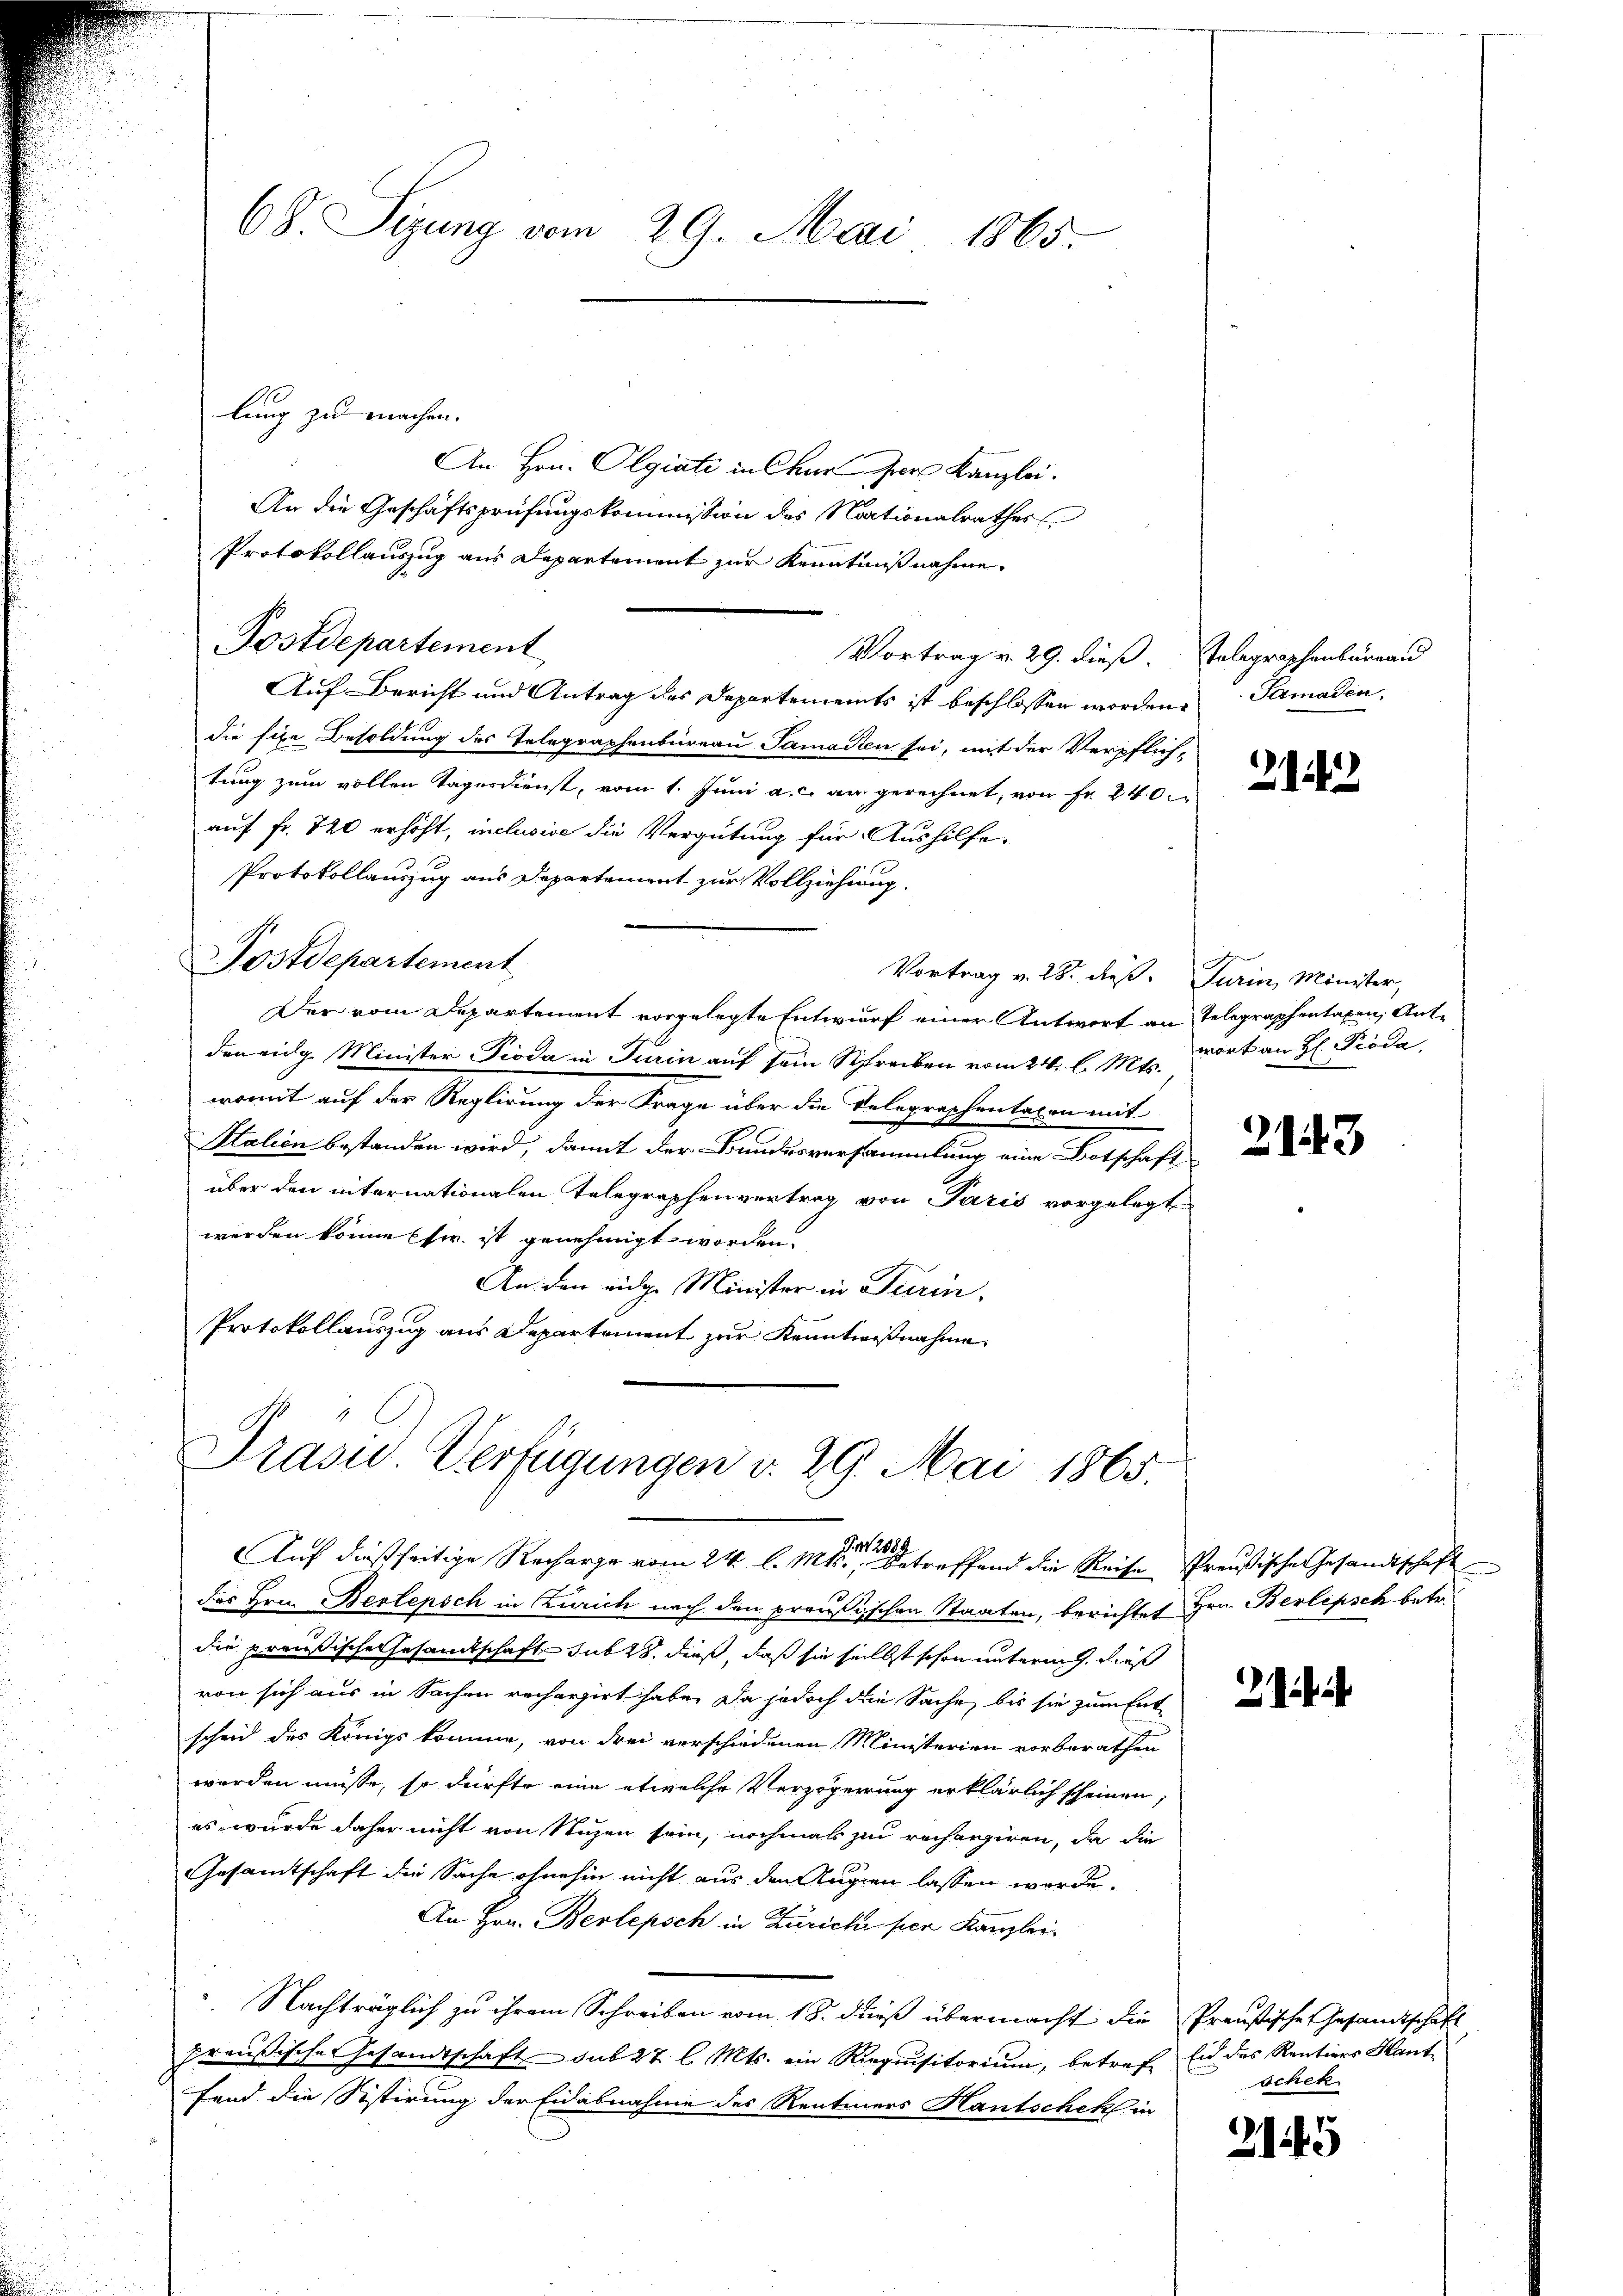
lung zu machen.
An Hrn. Olgiati in Churer Kanzlei.
An die Geschäftsprüfungskommission des Nationalrathes
Protokollauszug aus Departement zur Kenntniß nahme.
Postdepartement
Vortrag v. 29. dieß. Telegraphenburrand
Auf Bericht und Antrag des Departements ist beschlossen worden. Samaden,
die fixe Besoldung des Telegraphenbureau Samasten sei, mit der Verpflich-
tung zum vollen Tagesdienst, vom 1. Juni a. c. am gerechnet, von Fr. 240.
auf Fr. 720 erhöht, inclusive die Vergütung für Aushilfe.
Protokollauszug aus Departement zur Vollziehung.
Postdepartement
Vortrag v. 28. dieß. Turin, Minister,
Der vom Departement vorgelegte Entwurf einer Antwort an Telegraphentaxen, Antden eidg. Minister Pioda in Turin auf sein Schreiben vom 24. l. Mts., wort an H: Pioda,
womit auf der Reglirung der Frage über die Telegraphentalen mit
Salien bestanden wird, damit der Bundesversammlung eine Botschaft
über den internationalen Telegraphenvertrag von Paris vorgelegt
werden könne (s. ist genehmigt worden.
An den eidg. Minister in Turin
Protokollauszug aus Departement zur Kenntnißnahme

68. Sizung vom 29. Mai 1865.

des Hrn. Bestepsch in Zürich nach den preußischen Staaten, berichtet Hrn. Berlipsch betr.
die preußische Gesamtschaft sub 28. dieß, daß sie selbst schon unterm 9. dieß
von sich aus in Sachen recherzirt habe. Da jedoch die Sache, bis sie zum Entscheid des Königs komme, von drei verschiedenen Ministerien vorberathen
werden müsse, so dürfte eine etwelche Verzögerung erklärlich scheinen,
es wurde daher nicht von Stuzen sein, nochmals zu rechargiren, da die
Gesamtschaft die Sache ohnehin nicht aus den Augen lassen werde.
An Hrn. Berlepsch in Zürich per Kanzlei.
 Nachträglich zu ihrem Schreiben vom 18. dieß übermacht die Preußische Gesandtschaft
preußische Gesandtschaft sub 27 l. Mts. ein Requisitorium, betreff Eid des Rentiers Haut-
fend die Sistirung der Eidabnahme des Rentiners Hantschek in

Präsid. Verfügungen v. 29. Mai 1865.
G. 208.
Auf dießseitige Recharge vom 24. l. Mts. betreffend die Reise Preußische Gesandtschaft

2142

2143

schek

215